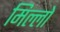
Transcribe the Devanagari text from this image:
मिल्लो